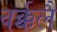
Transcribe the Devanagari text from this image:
वर्क्कलै